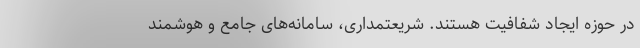
در حوزه ایجاد شفافیت هستند. شریعتمداری، سامانه‌های جامع و هوشمند